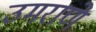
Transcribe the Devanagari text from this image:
उमराणे